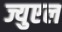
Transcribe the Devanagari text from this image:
ज्युएल